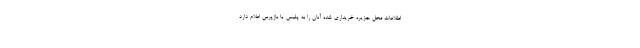
اطلاعات محل جزیره خریداری شده آنان را به پلیس یا بازپرس اعلام دارد